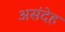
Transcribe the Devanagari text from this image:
असंदेह